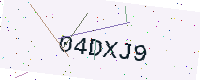
Text: 04DXJ9